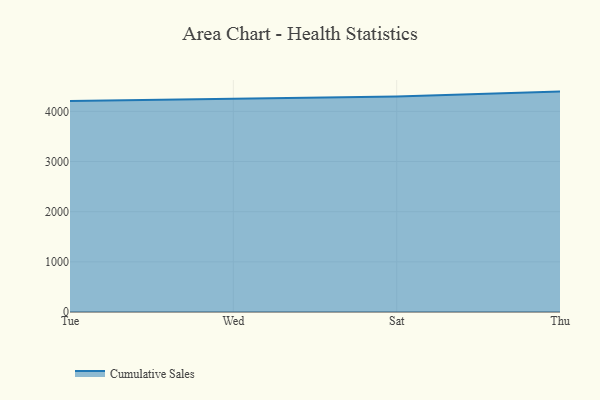
{"axis": {"x": "Day", "y": "Market Share (%)"}, "legend": ["Cumulative Sales"], "data": [{"x": "Tue", "y": 4207.1, "type": "Cumulative Sales"}, {"x": "Wed", "y": 4248.6, "type": "Cumulative Sales"}, {"x": "Sat", "y": 4294.8, "type": "Cumulative Sales"}, {"x": "Thu", "y": 4394.1, "type": "Cumulative Sales"}]}